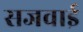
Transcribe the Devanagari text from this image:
सजवाई